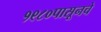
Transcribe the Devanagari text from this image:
१९८०पासूनचे